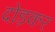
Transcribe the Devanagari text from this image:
दोड़कर